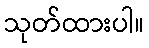
သုတ်ထားပါ။